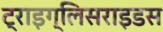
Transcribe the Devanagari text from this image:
ट्राइग्लिसराइडस